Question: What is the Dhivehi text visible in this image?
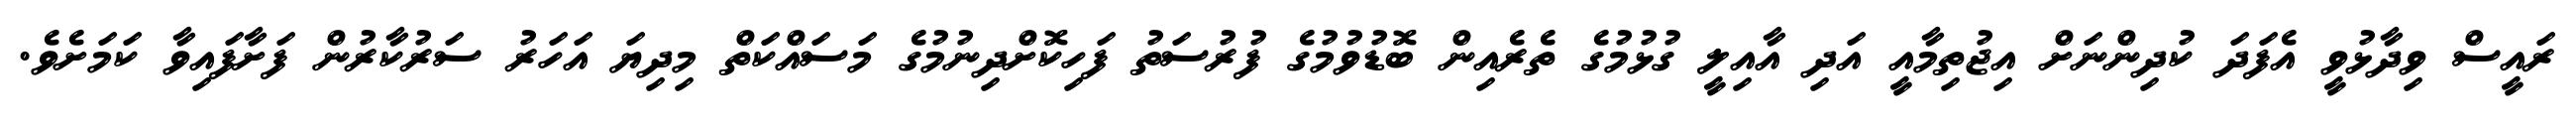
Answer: ރައީސް ވިދާޅުވީ އެފަދަ ކުދިންނަށް އިޖުތިމާއީ އަދި އާއިލީ ގުޅުމުގެ ތެރެއިން ބޮޑުވުމުގެ ފުރުސަތު ފަހިކޮށްދިނުމުގެ މަސައްކަތް މިދިޔަ އަހަރު ސަރުކާރުން ފަށާފައިވާ ކަމަށެވެ.